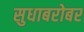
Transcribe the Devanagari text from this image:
सुधाबरोबर